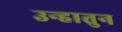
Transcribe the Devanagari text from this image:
उन्हातुन